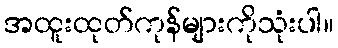
အထူးထုတ်ကုန်များကိုသုံးပါ။